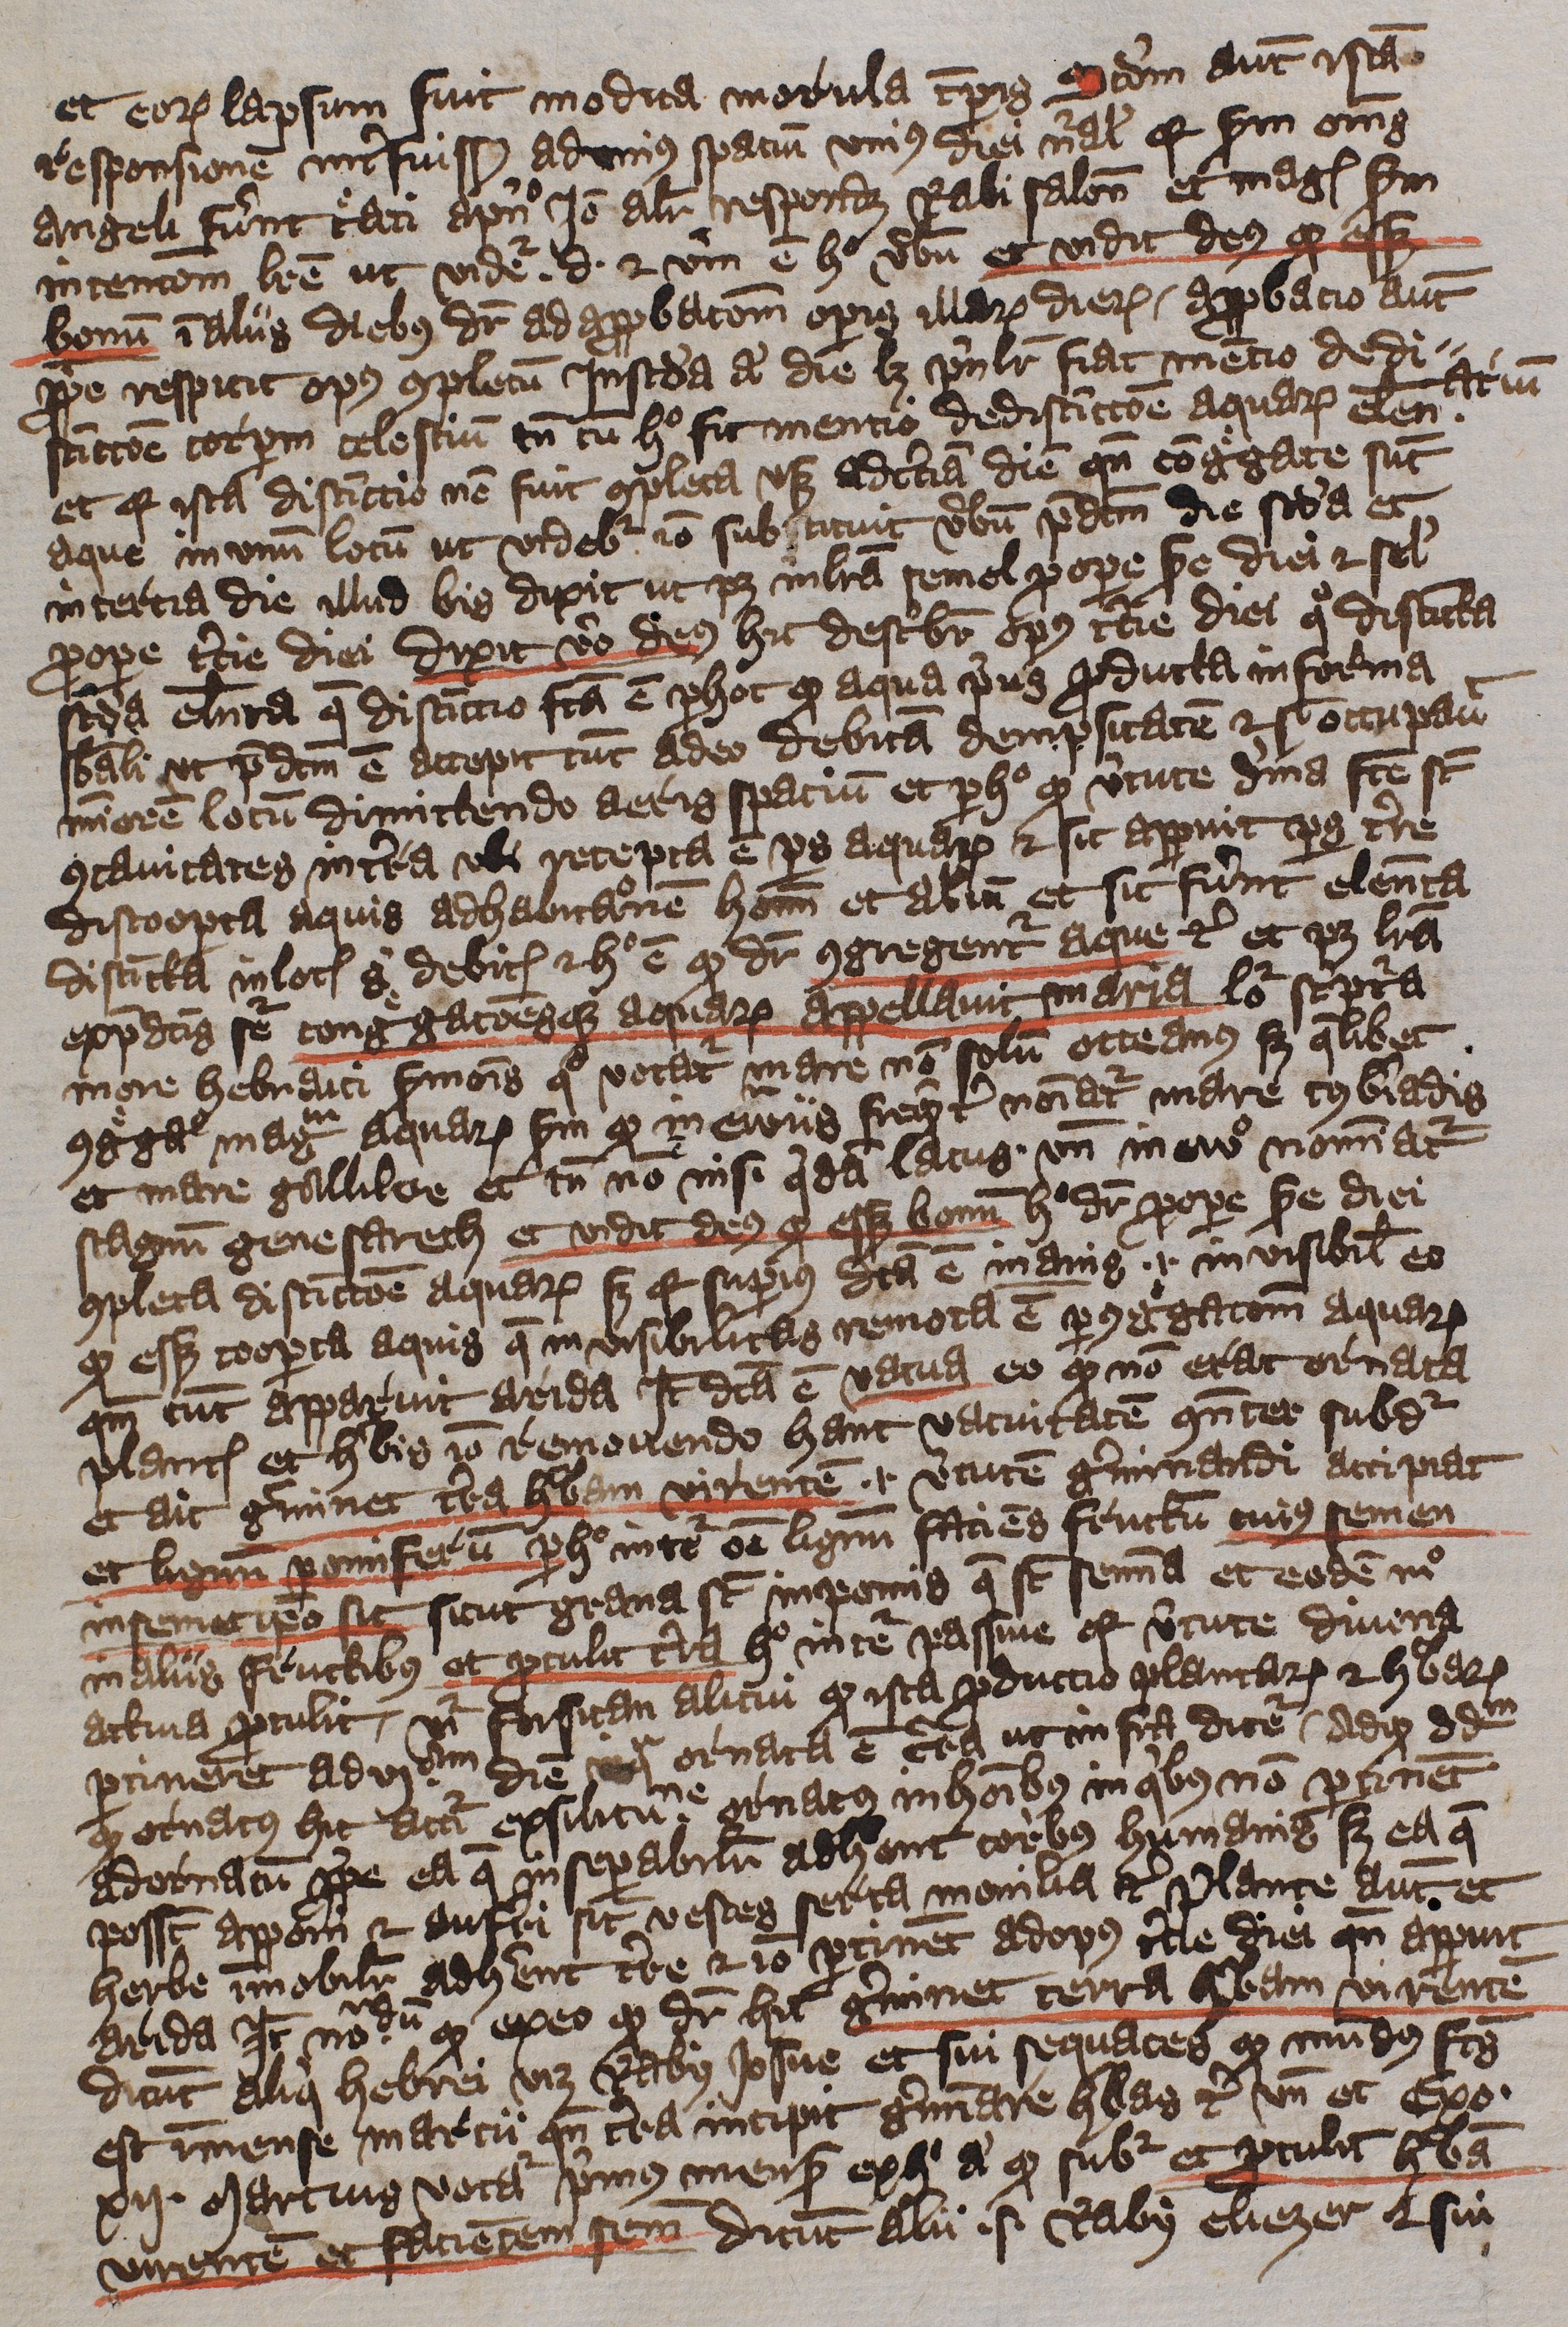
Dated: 1396–1396